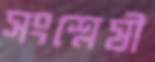
সংশ্লেষী